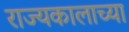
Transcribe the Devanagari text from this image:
राज्यकालाच्या